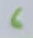
Text: 6